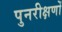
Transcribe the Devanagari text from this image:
पुनरीक्षणों